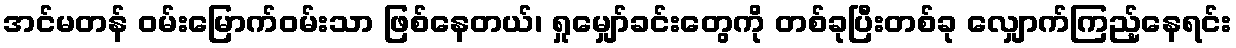
အင်မတန် ဝမ်းမြောက်ဝမ်းသာ ဖြစ်နေတယ်၊ ရှုမျှော်ခင်းတွေကို တစ်ခုပြီးတစ်ခု လျှောက်ကြည့်နေရင်း